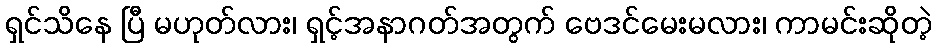
ရှင်သိနေ ပြီ မဟုတ်လား၊ ရှင့်အနာဂတ်အတွက် ဗေဒင်မေးမလား၊ ကာမင်းဆိုတဲ့